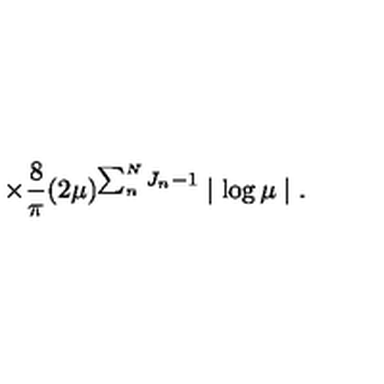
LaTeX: \times \frac { 8 } { \pi } ( 2 \mu ) ^ { \sum _ { n } ^ { N } J _ { n } - 1 } \mid \log \mu \mid .